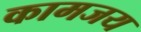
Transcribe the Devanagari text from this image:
कामजय